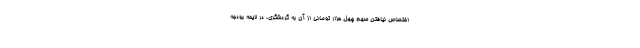
اختصاص نیافتن سهم چهل هزار تومانی از آن به گردشگری، در لایحه بودجه